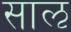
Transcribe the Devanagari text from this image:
साऌ